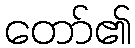
တော်၏